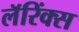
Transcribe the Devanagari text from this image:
लॅरिंक्स